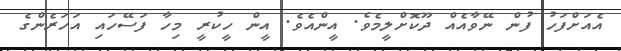
އެއަށްފަހު ފުން ނޭވާއެއް ދޫކޮށްލީމެވެ. އީންއެވެ. އީން ހީކުރީ މިހާ ފަސޭހައި އަހަރެންގެ